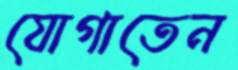
যোগাতেন